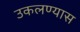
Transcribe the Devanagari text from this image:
उकलण्यास